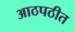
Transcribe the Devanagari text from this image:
आठपठीत